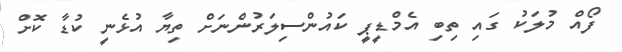
ފޯއް މުލަކު ގައި ތިބި އެމްޑީޕީ ކައުންސިލަރުންނަށް ތިޔާ އުޅެނީ ކުޑާ ކޮށް